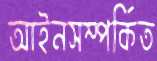
আইনসম্পর্কিত